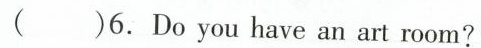
( )6.Do you have an art room?